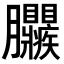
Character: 𦣜